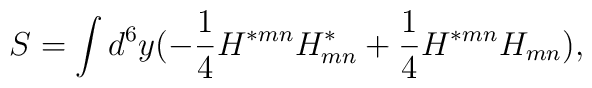
S=\int d^6 y (-{1\over 4}H^{*mn}H^*_{mn} + {1\over 4} H^{*mn}H_{mn}),